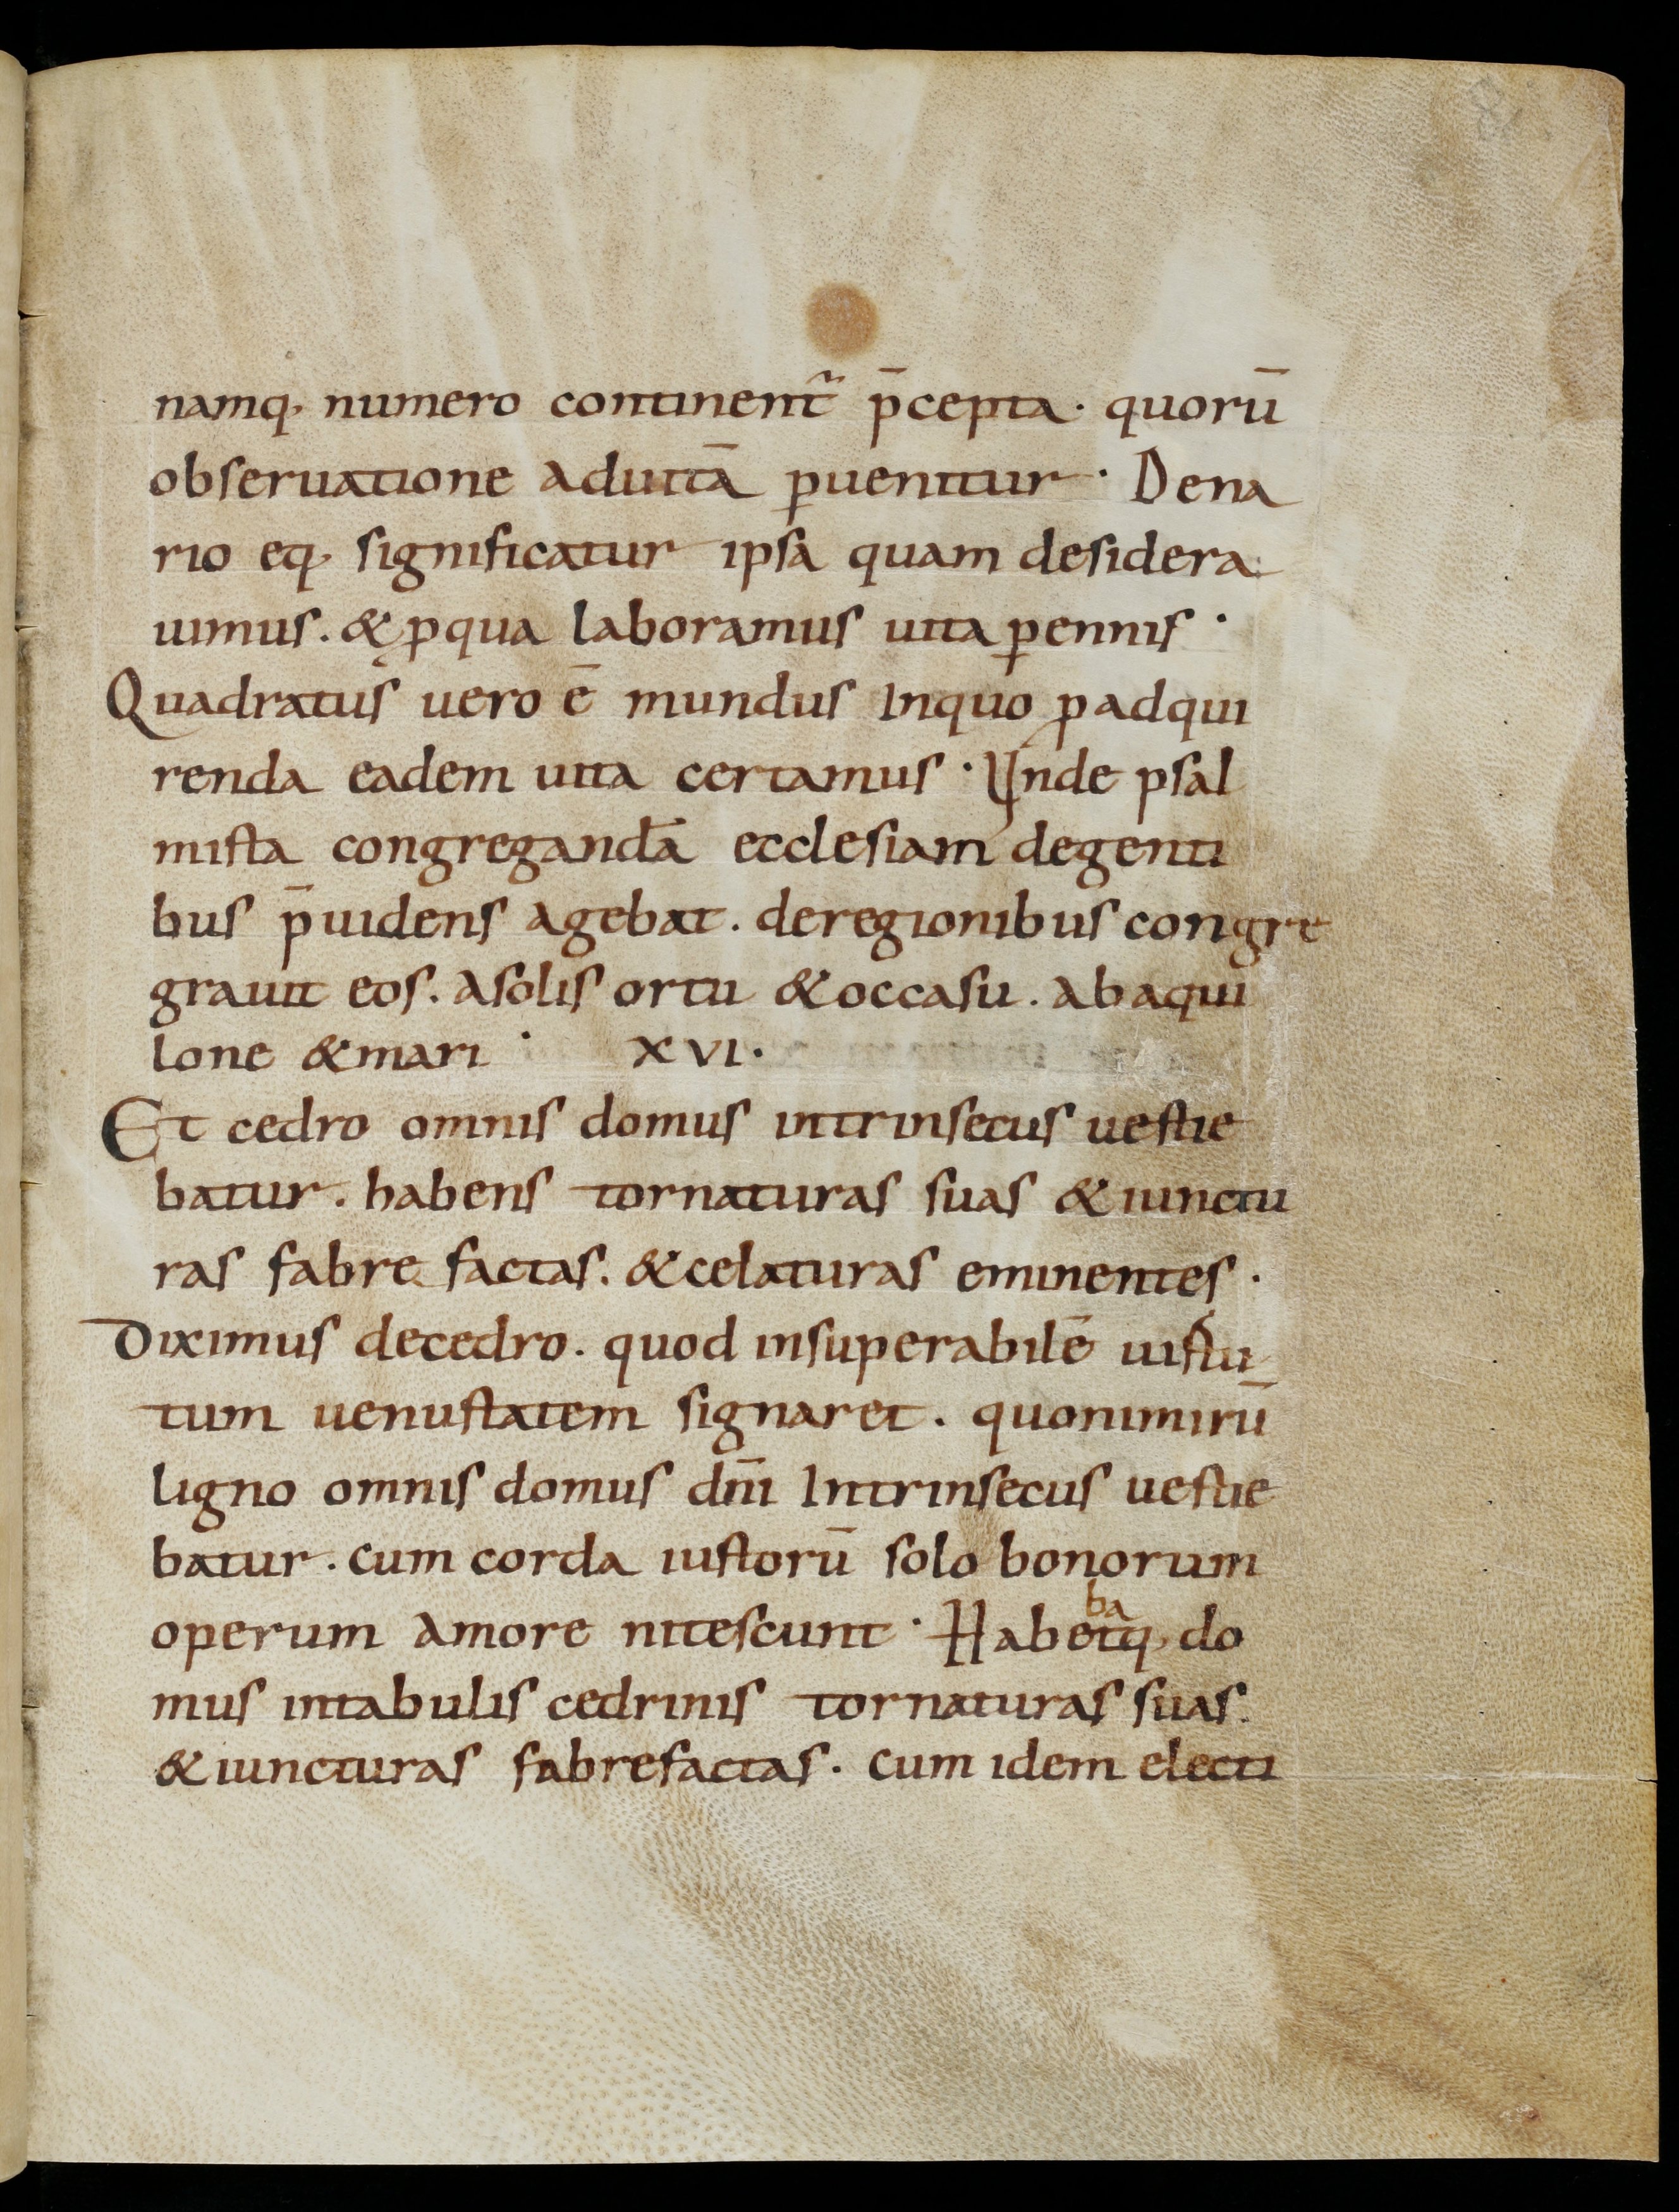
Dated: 800–899